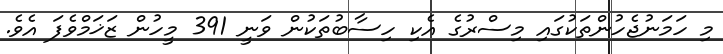
މި ހަމަނުޖެހުންތަކުގައި މިސްރުގެ އެކި ހިސާބުތަކުން ވަނީ 391 މީހުން ޒަޚަމްވެފަ އެވެ.